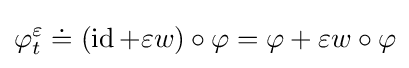
\varphi _{t}^{\varepsilon }\doteq (\operatorname {id} +\varepsilon w)\circ \varphi =\varphi +\varepsilon w\circ \varphi